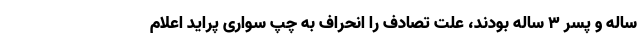
ساله و پسر ۳ ساله بودند، علت تصادف را انحراف به چپ سواری پراید اعلام